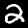
Label: 2